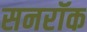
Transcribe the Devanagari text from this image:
सनरॉक